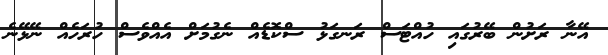
އޭނާ ރަށުން ބޭރުގައި ހުއްޓަސް ރަނގަޅު ސްކޮޑެއް ނެގުމަށް އެއްވެސް ހުރަހެއް ނޭޅޭނެ